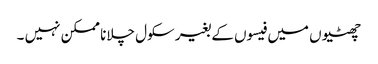
چھٹیوں میں فیسوں کے بغیر سکول چلانا ممکن نہیں ۔